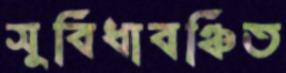
সুবিধাবঞ্চিত